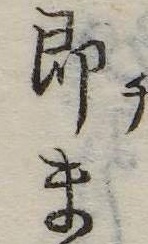
即ま